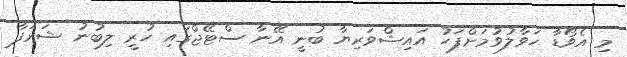
މި އެވޯޑާ ހަވާލުވުމަށްފަހު އައިޝްވަރިޔާ ބުނީ އޭނާ ސްޓޭޖްގައި ހުރީ ލިބުނު ޝަރަފާ